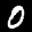
Label: 0